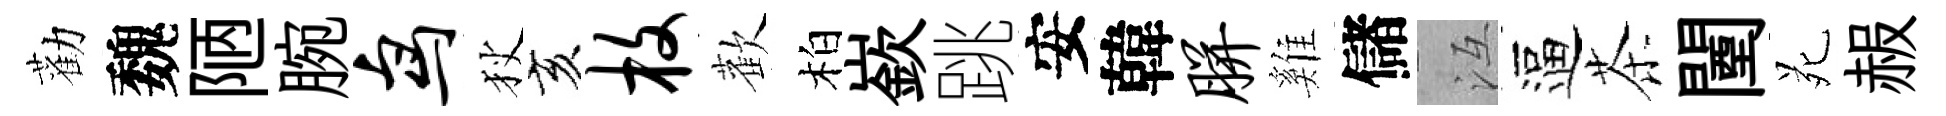
勸魏陋腕鸟狄亥枚歡柏嶔跳安韓胼雞儲冱逼茶闉苑赧